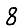
Digit: 8